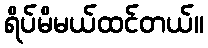
ရိပ်မိမယ်ထင်တယ်။